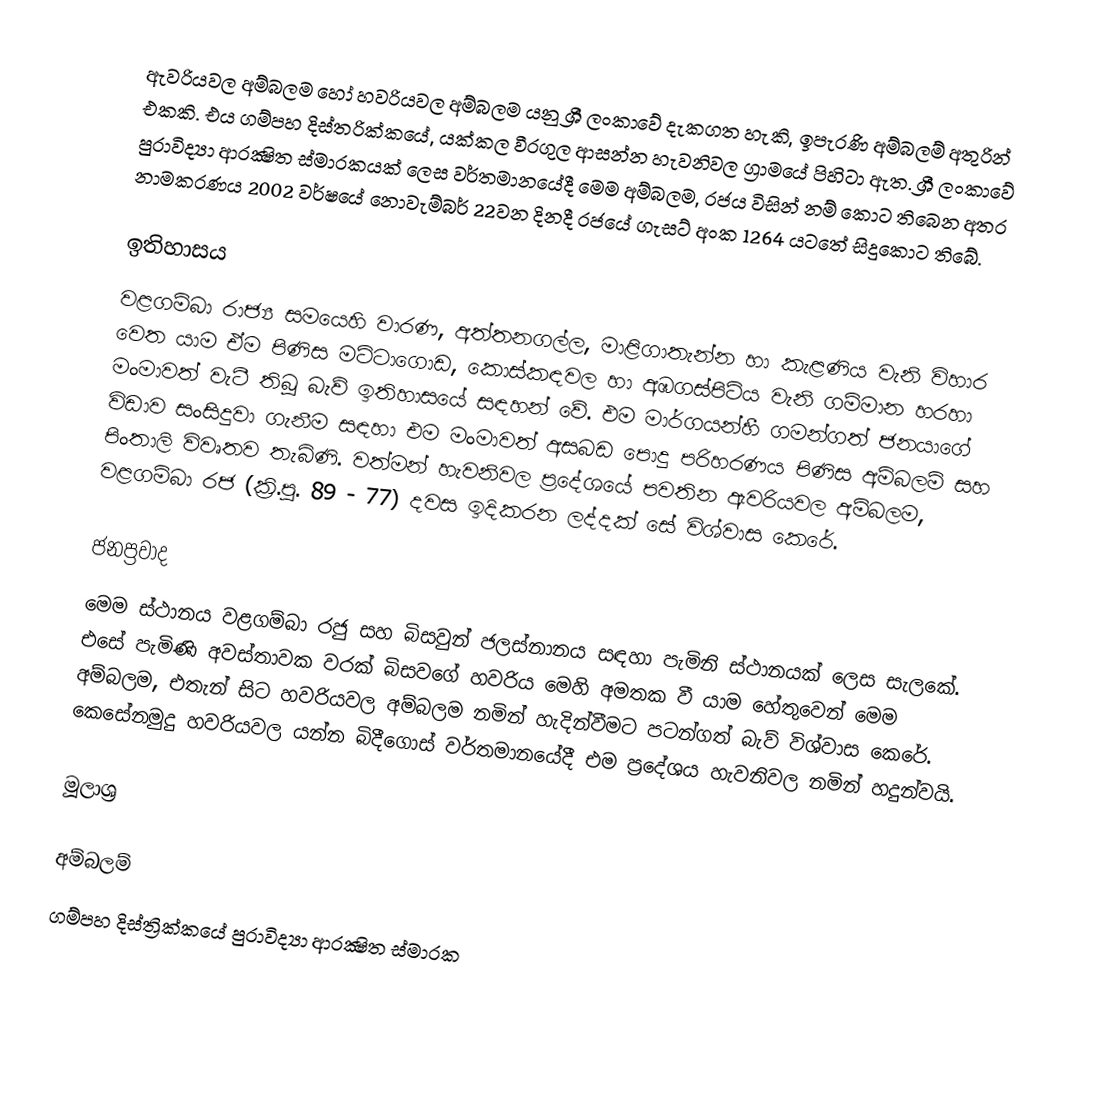
ඇවරියවල අම්බලම හෝ හවරියවල අම්බලම යනු ශ්‍රී ලංකාවේ දැකගත හැකි, ඉපැරණි අම්බලම් අතුරින් එකකි. එය ගම්පහ දිස්ත‍්‍රික්කයේ, යක්කල වීරගුල ආසන්න හැවනිවල ග්‍රාමයේ පිහිටා ඇත. ශ්‍රී ලංකාවේ පුරාවිද්‍යා ආරක්‍ෂිත ස්මාරකයක් ලෙස වර්තමානයේදී මෙම අම්බලම, රජය විසින් නම් කොට තිබෙන අතර නාමකරණය 2002 වර්ෂයේ නොවැම්බර් 22වන දිනදී රජයේ ගැසට් අංක 1264 යටතේ සිදුකොට තිබේ.

ඉතිහාසය
වළගම්බා රාජ්‍ය සමයෙහි වාරණ, අත්තනගල්ල, මාළිගාතැන්න හා කැළණිය වැනි විහාර වෙත යාම ඒම පිණිස මට්ටාගොඩ, කොස්කඳවල හා අඹගස්පිටිය වැනි ගම්මාන හරහා මංමාවත් වැටී තිබූ බැව් ඉතිහාසයේ සඳහන් වේ. එම මාර්ගයන්හී ගමන්ගත් ජනයාගේ විඩාව සංසිදුවා ගැනීම සඳහා එම මංමාවත් අසබඩ පොදු පරිහරණය පිණිස අම්බලම් සහ පිංතාලි විවෘතව තැබිණි. වත්මන් හැවනිවල ප්‍රදේශයේ පවතින ඇවරියවල අම්බලම, වළගම්බා රජ (ක්‍රි.පූ. 89 - 77) දවස ඉදිකරන ලද්දක් සේ විශ්වාස කෙරේ.

ජනප්‍රවාද
මෙම ස්ථානය වළගම්බා රජු සහ බිසවුන් ජලස්නානය සඳහා පැමිනි ස්ථානයක් ලෙස සැලකේ. එසේ පැමිණි අවස්තාවක වරක් බිසවගේ හවරිය මෙහි අමතක වී යාම හේතුවෙන් මෙම අම්බලම, එතැන් සිට හවරියවල අම්බලම නමින් හැදින්වීමට පටන්ගත් බැව් විශ්වාස කෙරේ. කෙසේනමුදු හවරියවල යන්න බිදීගොස් වර්තමානයේදී එම ප්‍රදේශය හැවනිවල නමින් හදුන්වයි.

මූලාශ්‍ර

අම්බලම්
ගම්පහ දිස්ත්‍රික්කයේ පුරාවිද්‍යා ආරක්‍ෂිත ස්මාරක‎